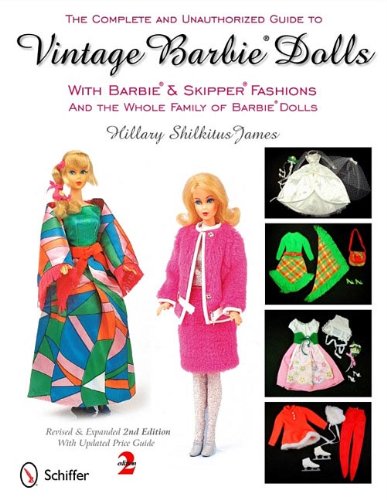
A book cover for The Complete and Unauthorized Guide to Vintage Barbie Dolls: With Barbie & Skipper Fashions and the Whole Family of Barbie Dolls; Hillary Shilkitus James; Crafts, Hobbies & Home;